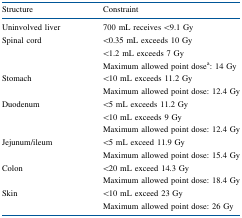
<table><thead><tr><td><b>Structure</b></td><td><b>Constraint</b></td></tr></thead><tbody><tr><td>Uninvolved liver</td><td>700 mL receives &lt;9.1 Gy</td></tr><tr><td rowspan="3">Spinal cord</td><td>&lt;0.35 mL exceeds 10 Gy</td></tr><tr><td>&lt;1.2 mL exceeds 7 Gy</td></tr><tr><td>Maximum allowed point dose<sup>a</sup>: 14 Gy</td></tr><tr><td rowspan="2">Stomach</td><td>&lt;10 mL exceeds 11.2 Gy</td></tr><tr><td>Maximum allowed point dose: 12.4 Gy</td></tr><tr><td rowspan="3">Duodenum</td><td>&lt;5 mL exceeds 11.2 Gy</td></tr><tr><td>&lt;10 mL exceeds 9 Gy</td></tr><tr><td>Maximum allowed point dose: 12.4 Gy</td></tr><tr><td rowspan="2">Jejunum/ileum</td><td>&lt;5 mL exceed 11.9 Gy</td></tr><tr><td>Maximum allowed point dose: 15.4 Gy</td></tr><tr><td rowspan="2">Colon</td><td>&lt;20 mL exceed 14.3 Gy</td></tr><tr><td>Maximum allowed point dose: 18.4 Gy</td></tr><tr><td rowspan="2">Skin</td><td>&lt;10 mL exceed 23 Gy</td></tr><tr><td>Maximum allowed point dose: 26 Gy</td></tr></tbody></table>